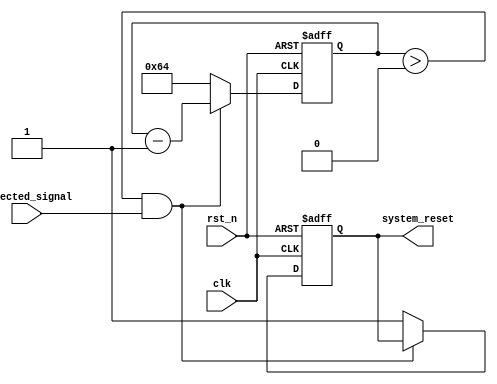
module watchdog_timer (
  input clk, // System clock
  input rst_n, // System reset signal
  input expected_signal, // Expected signal from the system
  output system_reset // Output system reset signal
);

parameter PRESET_VALUE = 100; // Preset value for the counter
reg [7:0] counter; // 8-bit counter for counting down

always @(posedge clk or negedge rst_n) begin
  if (~rst_n) begin
    counter <= PRESET_VALUE;
    system_reset <= 0;
  end else begin
    if (counter > 0 && expected_signal) begin
      counter <= counter - 1;
    end else begin
      counter <= PRESET_VALUE;
      system_reset <= 1;
    end
  end
end

endmodule